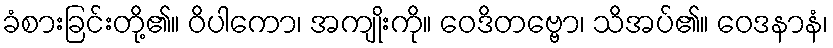
ခံစားခြင်းတို့၏။ ဝိပါကော၊ အကျိုးကို။ ဝေဒိတဗ္ဗော၊ သိအပ်၏။ ဝေဒနာနံ၊